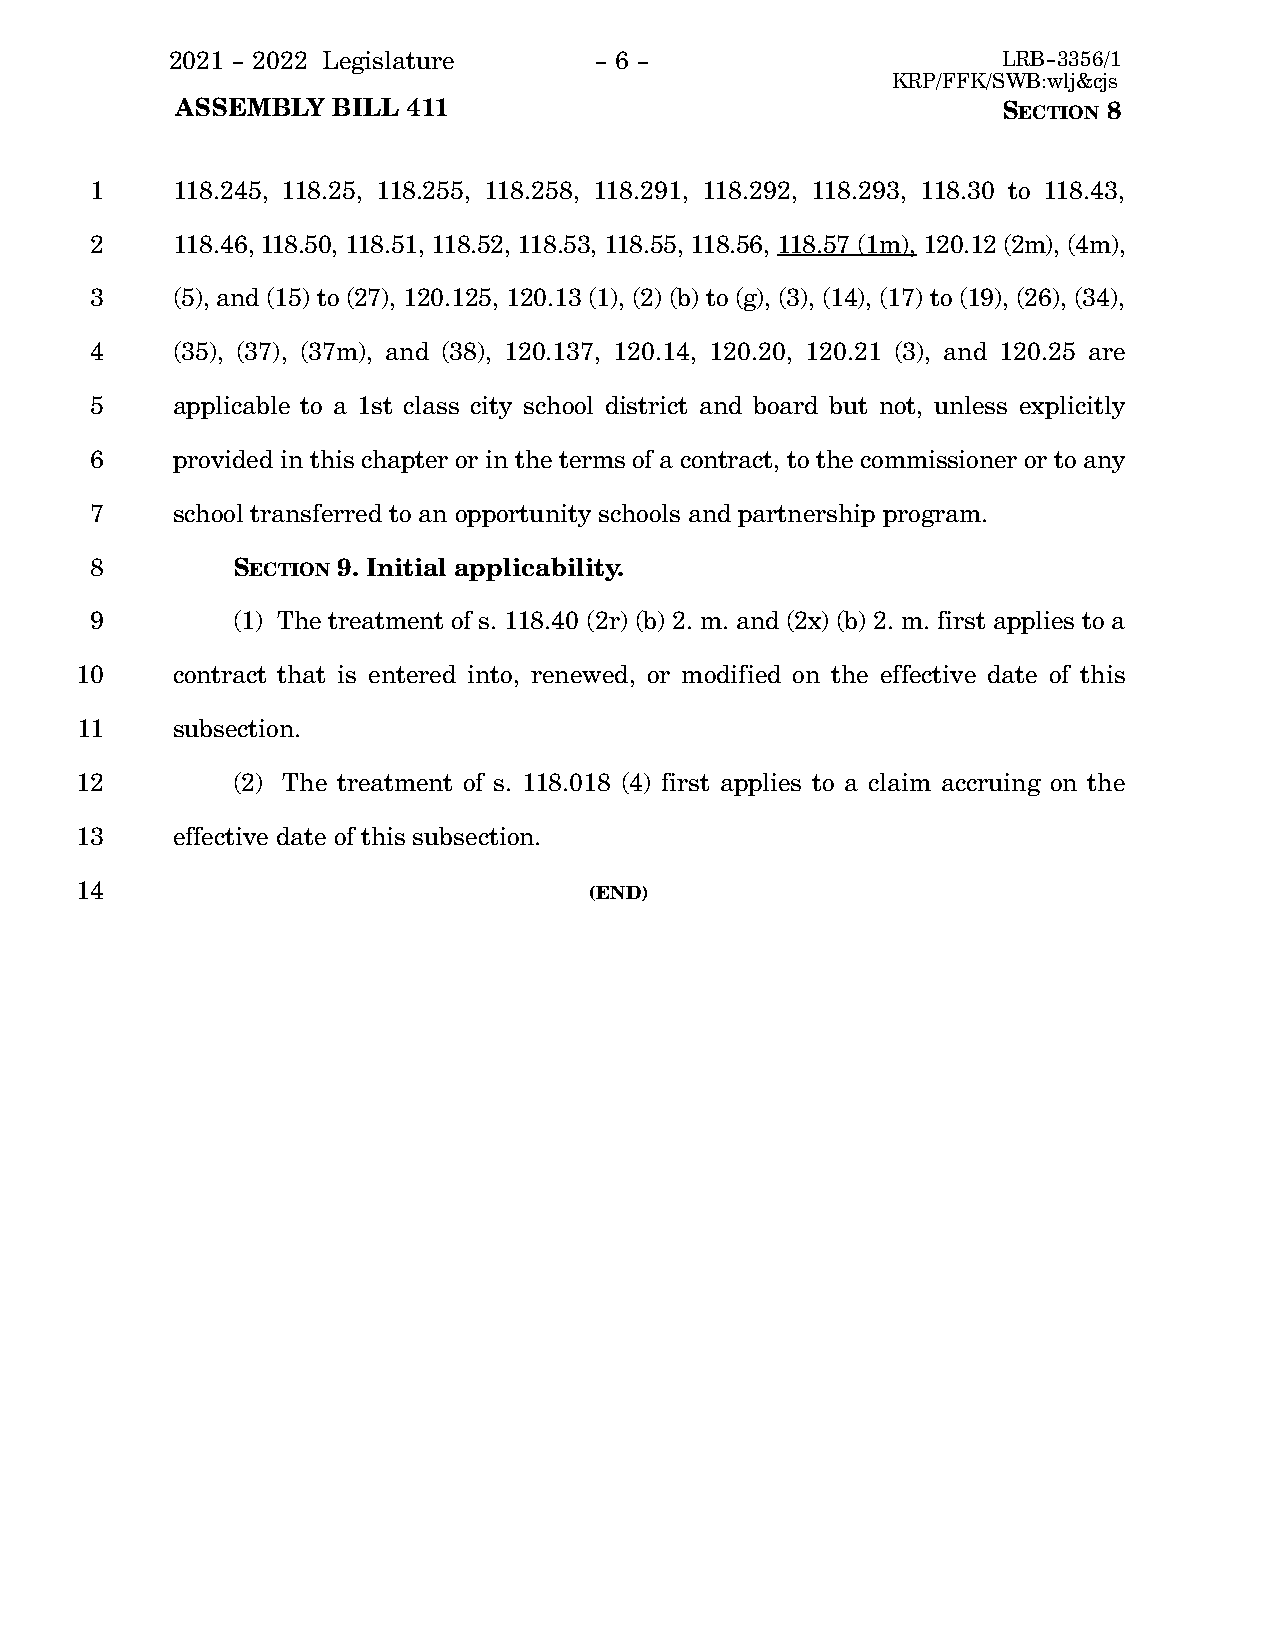
2021 - 2022 Legislature     - 6 -                      LRB-3356/1
 KRP/FFK/SWB:wlj&cjs
 ASSEMBLY  BILL 411                                    SECTION 8
 1    118.245, 118.25, 118.255, 118.258, 118.291, 118.292, 118.293, 118.30 to 118.43,
 2    118.46, 118.50, 118.51, 118.52, 118.53, 118.55, 118.56, 118.57 (1m), 120.12 (2m), (4m),
 3    (5), and (15) to (27), 120.125, 120.13 (1), (2) (b) to (g), (3), (14), (17) to (19), (26), (34),
 4    (35), (37), (37m), and (38), 120.137, 120.14, 120.20, 120.21 (3), and 120.25 are
 5    applicable to a 1st class city school district and board but not, unless explicitly
 6    provided in this chapter or in the terms of a contract, to the commissioner or to any
 7    school transferred to an opportunity schools and partnership program.
 8        SECTION 9. 0Initial applicability.
 9        (1) The treatment of s. 118.40 (2r) (b) 2. m. and (2x) (b) 2. m. first applies to a
 10    contract that is entered into, renewed, or modified on the effective date of this
 11    subsection.
 12        (2) The treatment of s. 118.018 (4) first applies to a claim accruing on the
 13    effective date of this subsection.
 14                                (END)